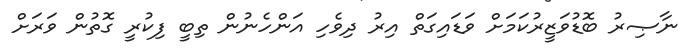
ނާޞިރު ބޮޑުވަޒީރުކަމަށް ވަޑައިގަތް އިރު ދިވެހި އަންހެނުން ތިބީ ފިކުރީ ގޮތުން ވަރަށް